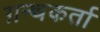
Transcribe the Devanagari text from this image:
ग्रन्थकर्ता